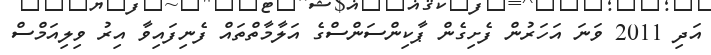
އަދި 2011 ވަނަ އަހަރުން ފެށިގެން ޕާކިންސަންސްގެ އަލާމާތްތައް ފެނިފައިވާ އިރު ވިލިއަމްސް